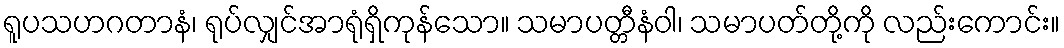
ရူပသဟဂတာနံ၊ ရုပ်လျှင်အာရုံရှိကုန်သော။ သမာပတ္တီနံဝါ၊ သမာပတ်တို့ကို လည်းကောင်း။